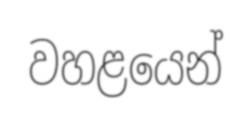
වහළයෙන්